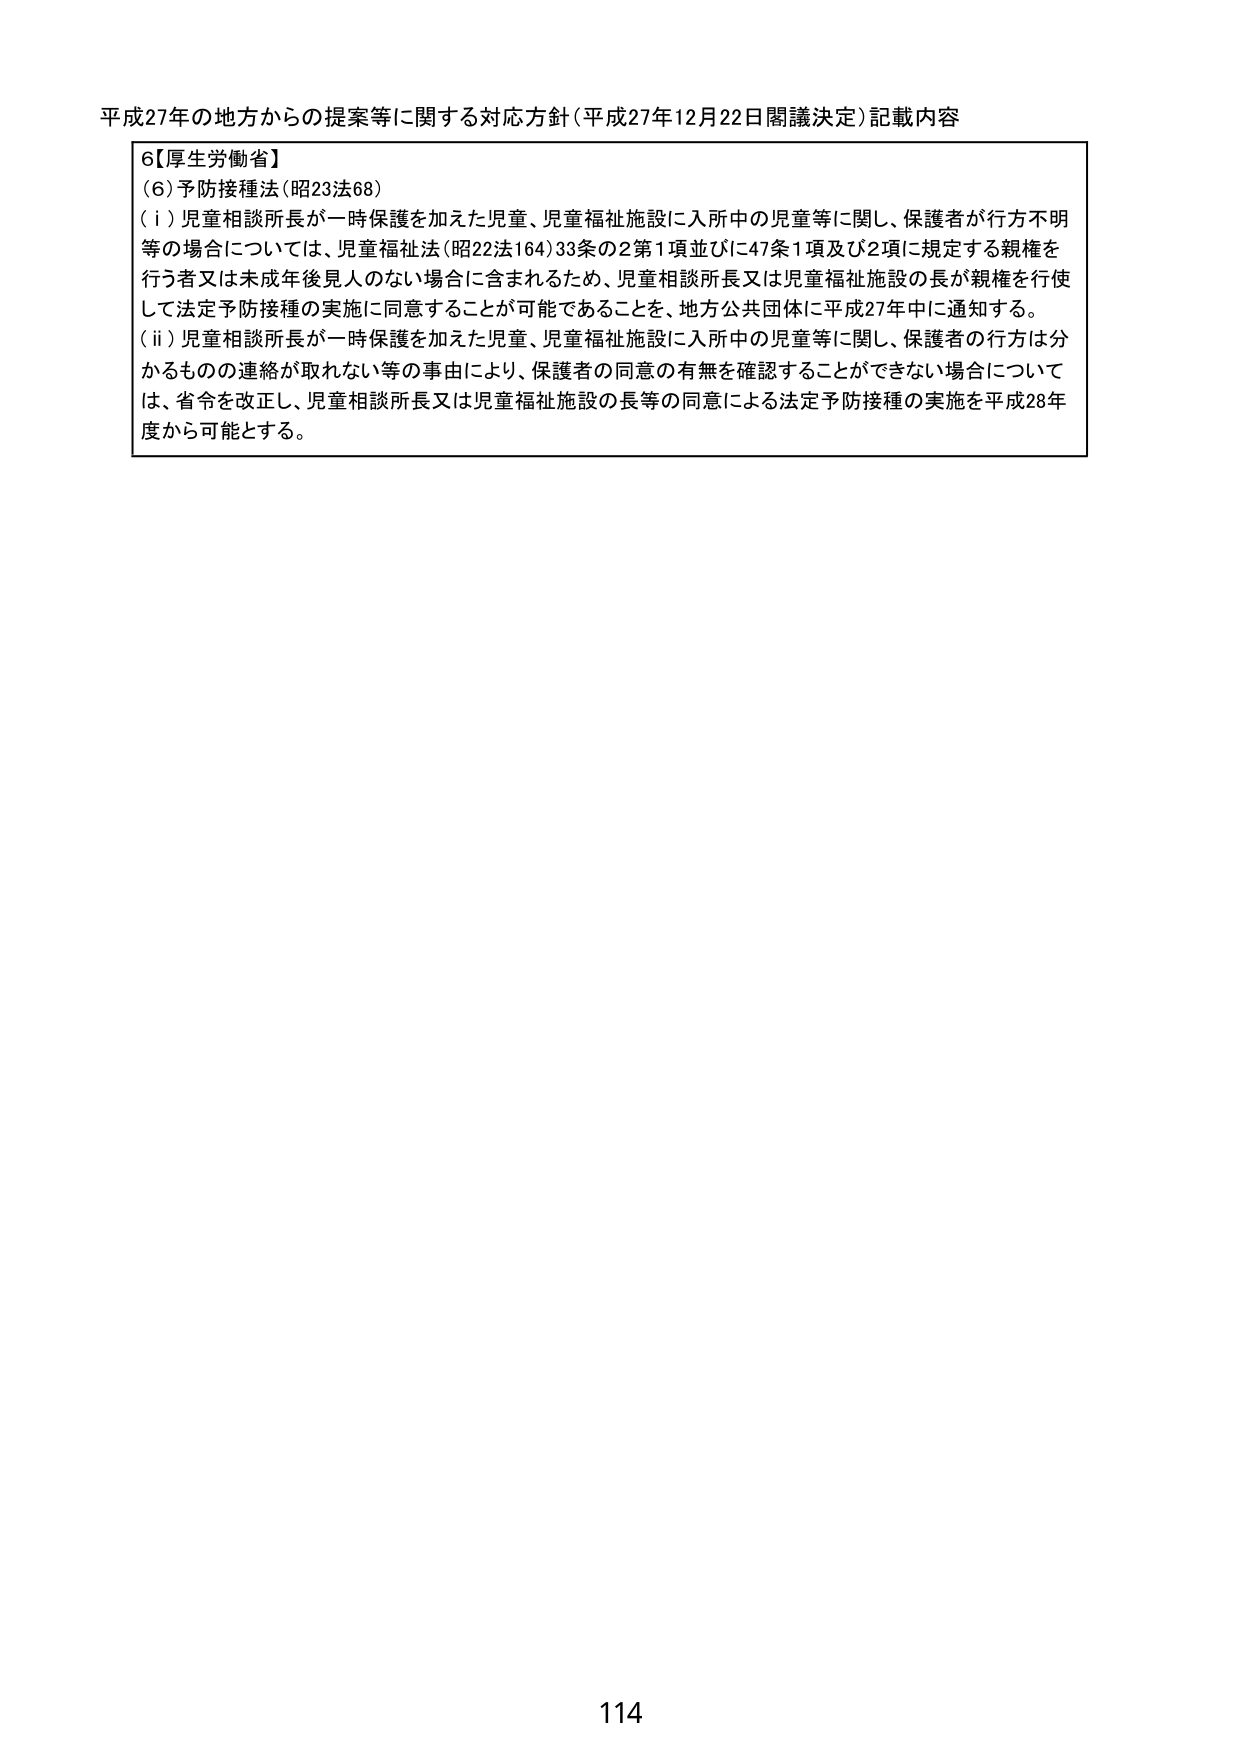
平成27年の地方からの提案等に関する対応方針（平成27年12月22日閣議決定）記載内容

6【厚生労働省】
（6）予防接種法（昭23法68）
（i）児童相談所長が一時保護を加えた児童、児童福祉施設に入所中の児童等に関し、保護者が行方不明等の場合については、児童福祉法（昭22法164）33条の2第1項並びに47条1項及び2項に規定する親権を行う者又は未成年後見人のない場合に含まれるため、児童相談所長又は児童福祉施設の長が親権を行使して法定予防接種の実施に同意することが可能であることを、地方公共団体に平成27年中に通知する。
（ii）児童相談所長が一時保護を加えた児童、児童福祉施設に入所中の児童等に関し、保護者の行方は分かるものの連絡が取れない等の事由により、保護者の同意の有無を確認することができない場合については、省令を改正し、児童相談所長又は児童福祉施設の長等の同意による法定予防接種の実施を平成28年度から可能とする。

114